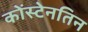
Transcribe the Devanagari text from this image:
कोंस्टेनतिन